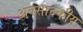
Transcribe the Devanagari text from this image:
अवसादकीय